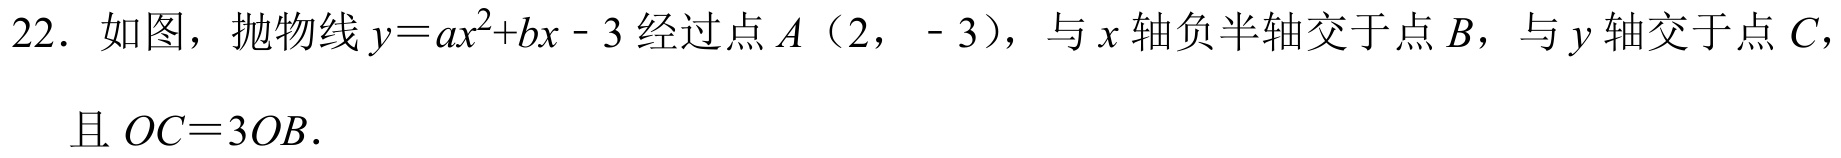
22. 如图，抛物线\(y = ax^{2}+bx - 3\)经过点\(A(2,- 3)\)，与\(x\)轴负半轴交于点\(B\)，与\(y\)轴交于点\(C\)，
且 \(OC = 3OB\).